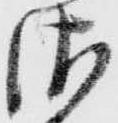
佐